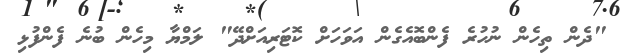
"ދެން ތިހެން ނުހުރެ ފެންބޮއެގެން އަވަހަށް ކޮޓަރިއަށްދޭ" ލަމްޔާ މިހެން ބުނެ ފެންފުޅި